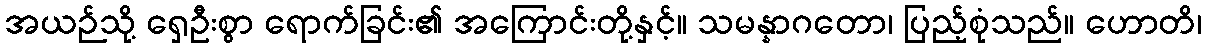
အယဉ်သို့ ရှေဦးစွာ ရောက်ခြင်း၏ အကြောင်းတို့နှင့်။ သမန္နာဂတော၊ ပြည့်စုံသည်။ ဟောတိ၊